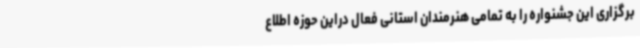
برگزاری این جشنواره را به تمامی هنرمندان استانی فعال دراین حوزه اطلاع